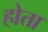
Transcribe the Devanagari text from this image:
होत्ता